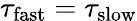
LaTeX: \tau_{\mathrm{fast}}=\tau_{\mathrm{slow}}